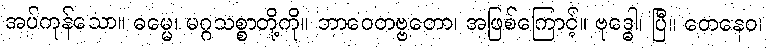
အပ်ကုန်သော။ ဓမ္မေ၊ မဂ္ဂသစ္စာတို့ကို။ ဘာဝေတဗ္ဗတော၊ အဖြစ်ကြောင့်။ ဗုဒ္ဓေါ၊ ပြီ။ တေနေဝ၊